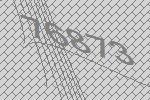
76873